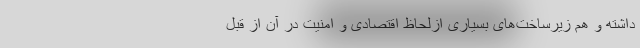
داشته و هم زیرساخت‌های بسیاری ازلحاظ اقتصادی و امنیت در آن از قبل